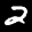
Label: 2